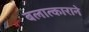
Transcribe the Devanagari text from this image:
बलात्काराने